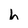
Character: h